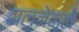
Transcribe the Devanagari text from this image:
ढालनेवाले